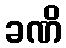
ခဏိ